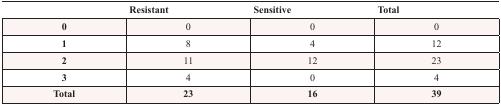
|  | Resistant | Sensitive | Total |
 | --- | --- | --- | --- |
 | 0 | 0 | 0 | 0 |
 | 1 | 8 | 4 | 12 |
 | 2 | 11 | 12 | 23 |
 | 3 | 4 | 0 | 4 |
 | Total | 23 | 16 | 39 |